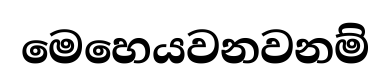
මෙහෙයවනවනම්